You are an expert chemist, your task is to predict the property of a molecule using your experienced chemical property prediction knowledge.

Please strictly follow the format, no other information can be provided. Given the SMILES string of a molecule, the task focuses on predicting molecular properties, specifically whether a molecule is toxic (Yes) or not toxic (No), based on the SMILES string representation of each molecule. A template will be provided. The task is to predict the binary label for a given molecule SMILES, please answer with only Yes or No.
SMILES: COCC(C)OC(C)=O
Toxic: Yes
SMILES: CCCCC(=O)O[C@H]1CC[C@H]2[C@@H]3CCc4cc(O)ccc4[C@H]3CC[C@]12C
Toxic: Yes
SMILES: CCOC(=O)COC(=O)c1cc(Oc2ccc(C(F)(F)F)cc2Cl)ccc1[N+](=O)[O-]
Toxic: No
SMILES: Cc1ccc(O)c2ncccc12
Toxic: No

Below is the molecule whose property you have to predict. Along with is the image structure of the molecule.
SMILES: CCOc1cc(OCC)c(C(C)=O)cc1OCC
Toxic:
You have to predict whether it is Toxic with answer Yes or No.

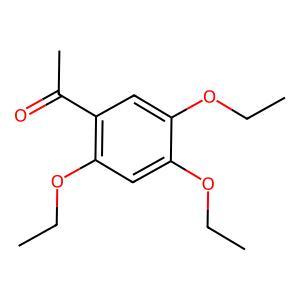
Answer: No